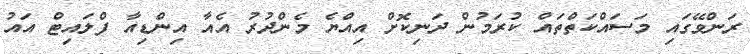
ރަންވޭގައި މަސައްކަތްތައް ކުރަމުން ދަނިކޮށް އިއްޔެ މެންދުރު އެއާ އިންޑިއާ ފްލައިޓް އައު